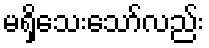
မရှိသေးသော်လည်း